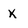
Character: x